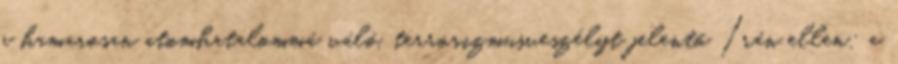
a hamarosan atomhatalommá váló, terrorizmusveszélyt jelentő Irán ellen; a